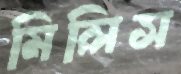
মিলিস